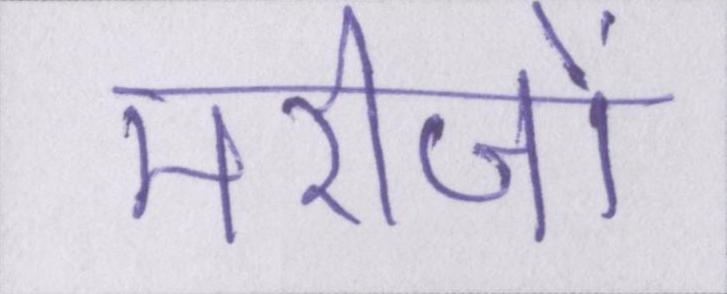
मरीजों